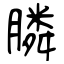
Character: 膦